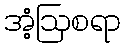
အံ့ဩစရာ